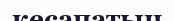
кесапатын